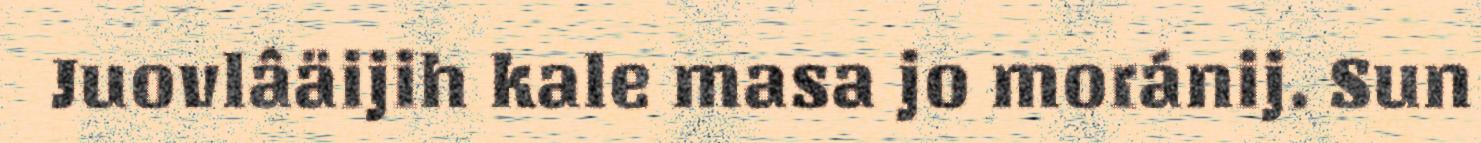
Juovlâäijih kale masa jo moránij. Sun